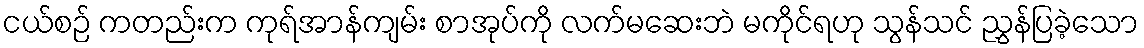
ငယ်စဉ် ကတည်းက ကုရ်အာန်ကျမ်း စာအုပ်ကို လက်မဆေးဘဲ မကိုင်ရဟု သွန်သင် ညွှန်ပြခဲ့သော